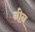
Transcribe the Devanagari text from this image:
नीन